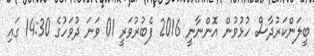
ބީލަންކަރުދާސް ހުޅުވުން އޮންނާނީ 2016 ފެބުރުވަރީ 01 ވަނަ ދުވަހުގެ 14:30 ގައި